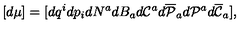
[ d \mu ] = [ d q ^ { i } d p _ { i } d N ^ { a } d B _ { a } d { \cal C } ^ { a } d \overline { { \cal P } } _ { a } d { \cal P } ^ { a } d \overline { { \cal C } } _ { a } ] ,